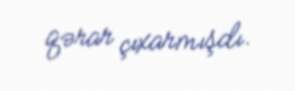
qərar çıxarmışdı.